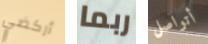
أركضي ربما أتواصل